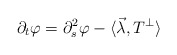
\begin{align*}\partial_{t}\varphi =\partial_{s}^{2}\varphi - \langle \vec\lambda, T^{\perp} \rangle \end{align*}